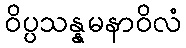
ဝိပ္ပသန္နမနာဝိလံ